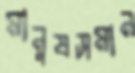
মানুষসমান